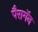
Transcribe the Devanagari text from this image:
पैरागॅन